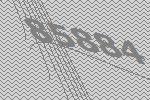
85884